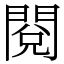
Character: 閱